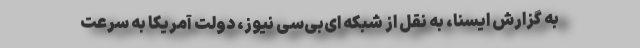
به گزارش ایسنا، به نقل از شبکه ای‌بی‌سی نیوز، دولت آمریکا به سرعت